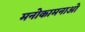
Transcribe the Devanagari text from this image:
मनोकामनाओ